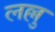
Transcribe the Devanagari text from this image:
लल्लु